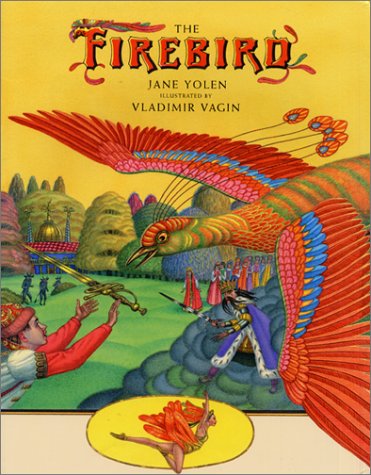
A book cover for The Firebird; Jane Yolen; Children's Books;